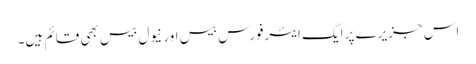
اس جزیرے پر ایک ایئرفورس بیس اور نیول بیس بھی قائم ہیں۔